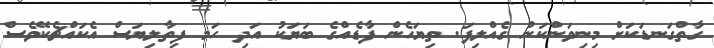
ގާތްގަނޑަކަށް މިނިވަންކަން ގެއްލިފަ. ތިޔަހެން ފާޑެއްގެ ބަޔަކު އަދި ހަމ ފިތާލިޔަސް އެކައްޗެކޭވެސް